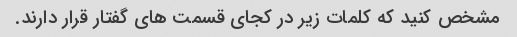
مشخص کنید که کلمات زیر در کجای قسمت های گفتار قرار دارند.